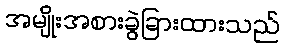
အမျိုးအစားခွဲခြားထားသည်